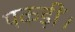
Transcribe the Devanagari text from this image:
पकड़ीं।